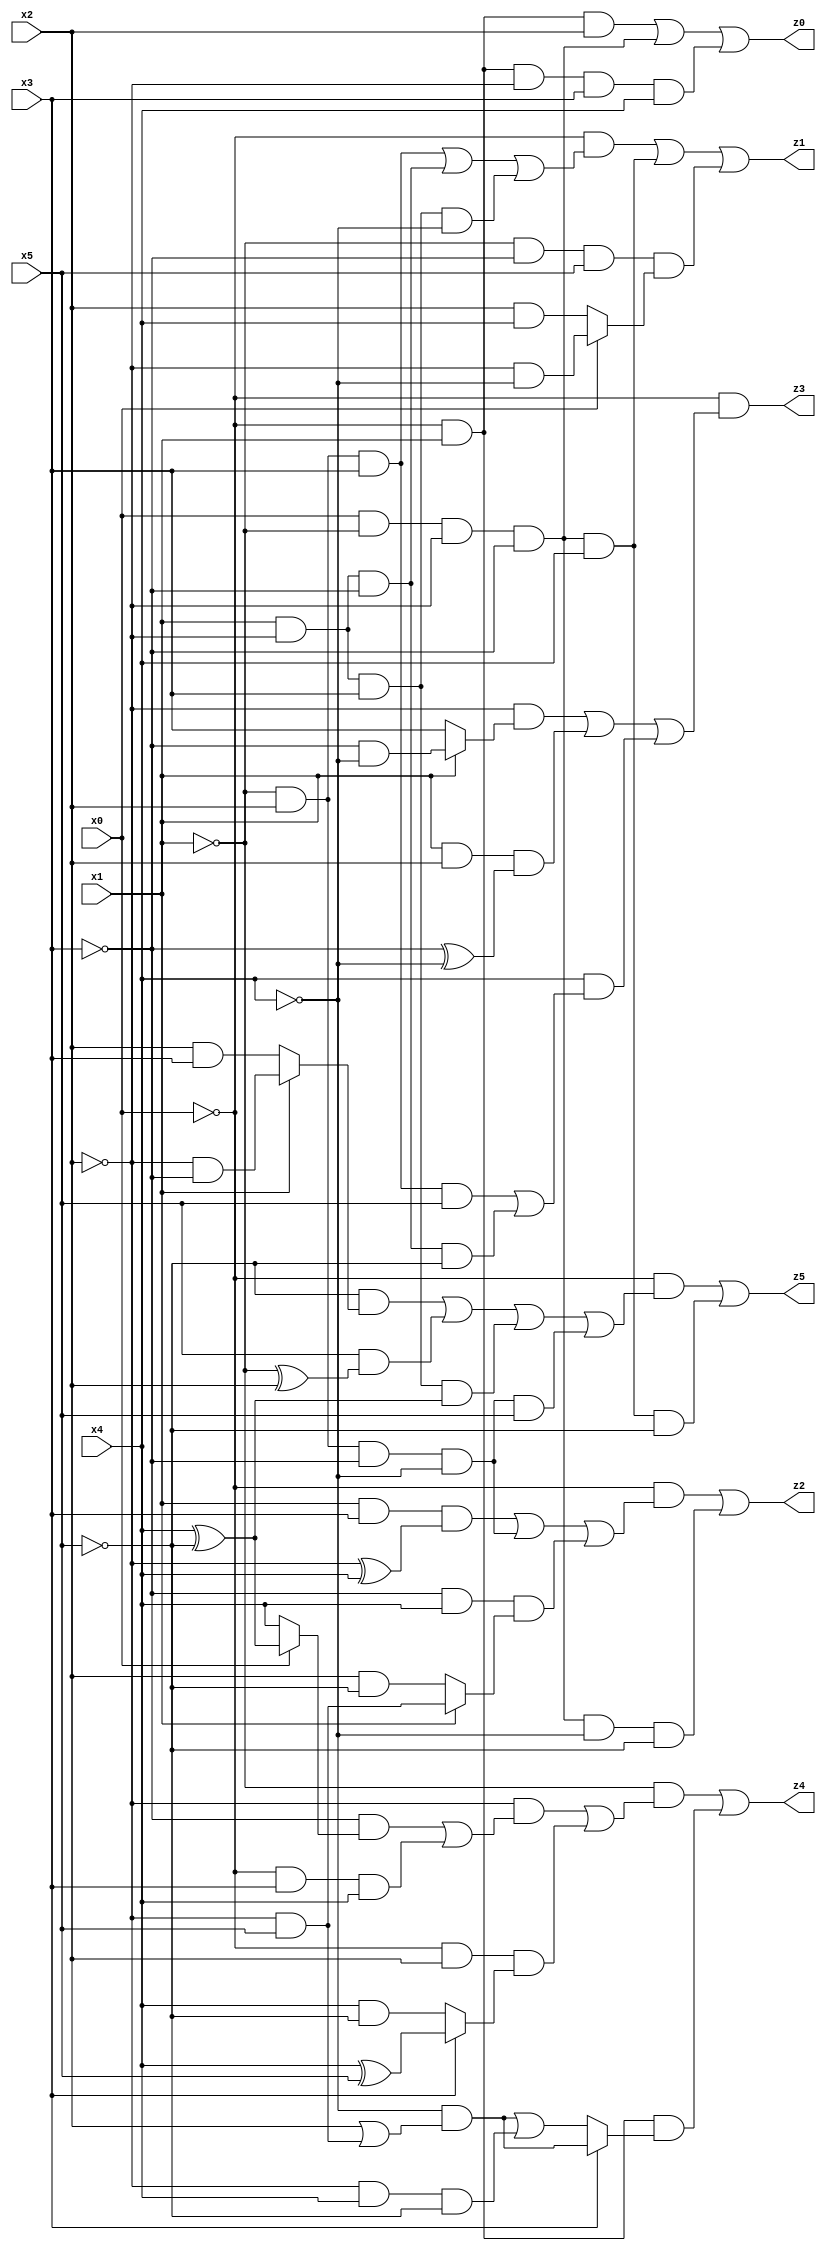
// Benchmark "quot_res" written by ABC on Tue Jul 11 01:51:47 2023

module quot_res ( 
    x0, x1, x2, x3, x4, x5,
    z0, z1, z2, z3, z4, z5  );
  input  x0, x1, x2, x3, x4, x5;
  output z0, z1, z2, z3, z4, z5;
  assign z0 = (~x0 & x1 & x2) | (x0 & ~x1 & ~x2 & ~x3) | (~x0 & x1 & ~x2 & x3 & x4);
  assign z1 = (~x0 & ((~x1 & x2 & x3) | (x1 & ~x2 & ~x3) | (x1 & ~x2 & x3 & ~x4))) | (x0 & ~x1 & ~x2 & ~x3 & x4) | (~x1 & ~x3 & x5 & (x0 ? (~x2 & ~x4) : (x2 & x4)));
  assign z2 = (~x0 & ((x1 & x3 & (~x2 ^ x4)) | (~x1 & x2 & ~x3 & ~x4) | (~x3 & x4 & (x1 ? (~x2 & x5) : (x2 & ~x5))))) | (x0 & ~x1 & ~x2 & ~x3 & ~x4 & ~x5);
  assign z3 = ~x0 & ((~x2 & (x1 ? (~x3 & ~x4) : x3)) | (x1 & x2 & (~x3 ^ ~x4)) | (x4 & ((~x1 & x2 & x3 & x5) | (x1 & ~x2 & ~x3 & ~x5))));
  assign z4 = (~x1 & ((~x2 & ((~x3 & (x0 ? (x4 ^ ~x5) : x4)) | (~x0 & x3 & x4))) | (~x0 & x2 & (x3 ? (x4 ^ x5) : (x4 & ~x5))))) | (~x0 & x1 & (x3 ? (~x4 & (x2 | (~x2 & x5))) : ((~x4 & (x2 | (~x2 & x5))) | (~x2 & x4 & ~x5))));
  assign z5 = (~x0 & ((~x5 & (x1 ? (~x2 & ~x3) : (x2 & x3))) | (x5 & (~x1 ^ x2)) | (x1 & ~x2 & x3 & (x4 ^ ~x5)) | (~x1 & x2 & ~x3 & ~x4 & x5))) | (x0 & ~x1 & ~x2 & ~x3 & x4 & ~x5);
endmodule